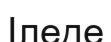
Іледе